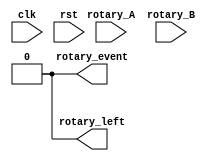
module rotary_decoder (
    input clk,
    input rst,
    input rotary_A,
    input rotary_B,
    output rotary_event,
    output rotary_left
);

    // Create your rotary decoder circuit here
    // This module takes in rotary_A and rotary_B which are the A and B signals synchronized to clk
    // In this module you should implement the Rotary Contact Filter 
    // and should output a vector of 1-bit signals that pulse high for one clock cycle when their respective counter saturates

    // Remove these lines after implementing your rotary decoder
    assign rotary_event = 0;
    assign rotary_left = 0;
endmodule